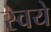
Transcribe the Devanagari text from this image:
स्वये